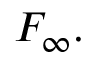
F _ { \infty } .